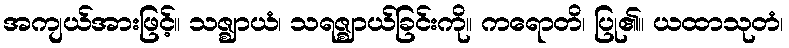
အကျယ်အားဖြင့်။ သဇ္ဈာယံ၊ သရဇ္ဈာယ်ခြင်းကို။ ကရောတိ၊ ပြု၏။ ယထာသုတံ၊